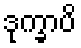
ဒုက္ခာပိ